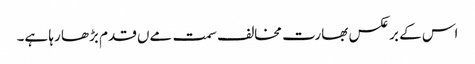
اس کے برعکس بھارت مخالف سمت مےں قدم بڑھا رہا ہے۔